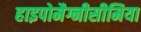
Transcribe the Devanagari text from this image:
हाइपोमैग्नीसीमिया